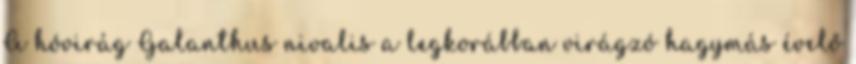
A hóvirág Galanthus nivalis a legkorábban virágzó hagymás évelő